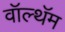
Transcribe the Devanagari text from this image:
वॉल्थॅम